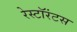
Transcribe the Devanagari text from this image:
रेस्टॉरंटस